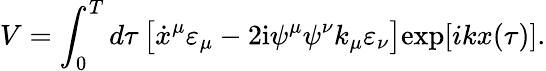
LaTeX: V=\int_{0}^{T}d\tau\, \bigl[\dot{x}^{\mu}\varepsilon_{\mu}-2\mathrm{i}\psi^{\mu}\psi^{\nu}k_{\mu}\varepsilon_{\nu}\bigr]\mathrm{exp}[ikx({\tau})].